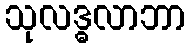
သုလဒ္ဓလာဘာ